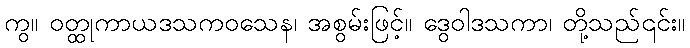
ကွ။ ဝတ္ထုကာယဒသကဝသေန၊ အစွမ်းဖြင့်။ ဒွေဝါဒသကာ၊ တို့သည်၎င်း။